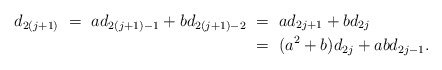
\begin{align*}d_{2(j+1)} \ =\ ad_{2(j+1)-1} + bd_{2(j+1)-2}&\ =\ ad_{2j + 1} + bd_{2j}\\&\ =\ (a^2+b)d_{2j} + abd_{2j-1}.\end{align*}